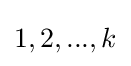
1,2,...,k